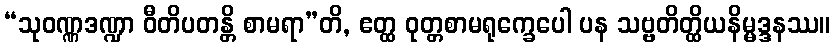
“သုဝဏ္ဏဒဏ္ဍာ ဝီတိပတန္တိ စာမရာ”တိ, ဧတ္ထ ဝုတ္တစာမရုက္ခေပေါ ပန သဗ္ဗတိတ္ထိယနိမ္မဒ္ဒနဿ။